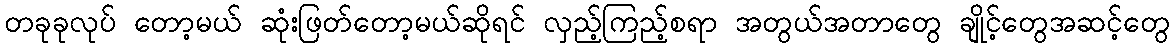
တခုခုလုပ် တော့မယ် ဆုံးဖြတ်တော့မယ်ဆိုရင် လှည့်ကြည့်စရာ အတွယ်အတာတွေ ချိုင့်တွေအဆင့်တွေ